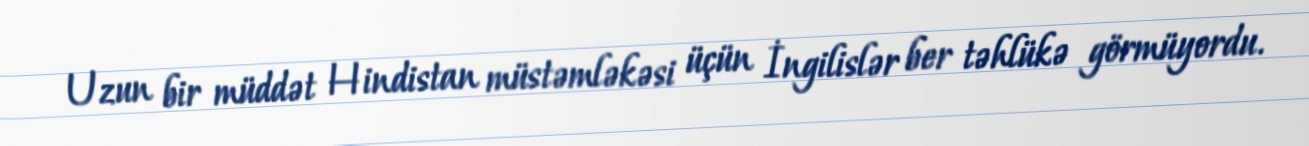
Uzun bir müddət Hindistan müstəmləkəsi üçün İngilislər ber təhlükə görmüyordu.